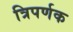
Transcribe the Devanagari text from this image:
त्रिपर्णक